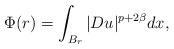
LaTeX: \begin{align*}\Phi (r) = \displaystyle\int_{B_r} |Du|^{p+2\beta} dx , \end{align*}